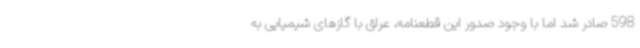
598 صادر شد اما با وجود صدور این قطعنامه، عراق با گازهای شیمیایی به